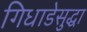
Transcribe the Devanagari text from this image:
गिधाडेसुद्धा